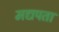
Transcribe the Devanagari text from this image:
मद्यपता